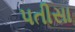
પતીસા